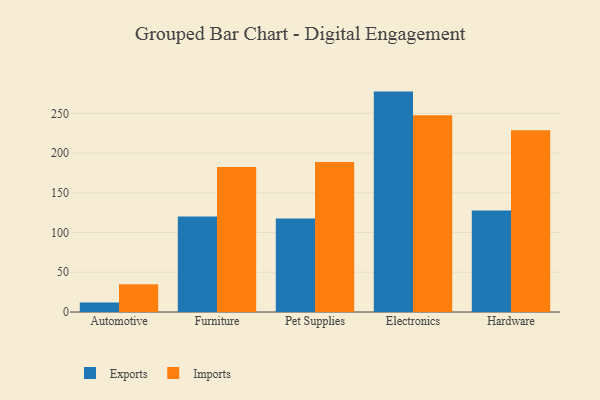
{"axis": {"x": "Category", "y": "Inventory Turnover"}, "legend": ["Exports", "Imports"], "data": [{"x": "Automotive", "y": 11.9, "type": "Exports"}, {"x": "Automotive", "y": 34.9, "type": "Imports"}, {"x": "Furniture", "y": 120.1, "type": "Exports"}, {"x": "Furniture", "y": 182.3, "type": "Imports"}, {"x": "Pet Supplies", "y": 117.7, "type": "Exports"}, {"x": "Pet Supplies", "y": 188.7, "type": "Imports"}, {"x": "Electronics", "y": 277.3, "type": "Exports"}, {"x": "Electronics", "y": 247.6, "type": "Imports"}, {"x": "Hardware", "y": 127.8, "type": "Exports"}, {"x": "Hardware", "y": 228.8, "type": "Imports"}]}